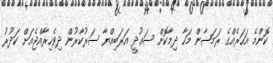
ކޮންމެ އަހަރެއްގެ ރަމަޟާން މަހާ ދިމާކޮށް ސައުދީ އަރަބިއްޔާ ސަރުކާރުން ދިވެހިރާއްޖެއަށް ކަދުރު